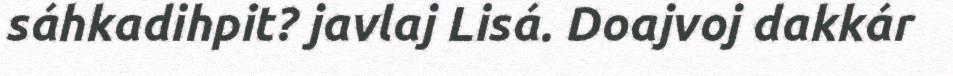
sáhkadihpit? javlaj Lisá. Doajvoj dakkár